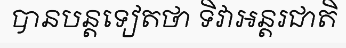
បានបន្តទៀតថា ទិវាអន្តរជាតិ